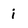
Character: i